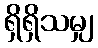
ရှိရှိသမျှ